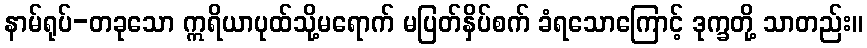
နာမ်ရုပ်-တခုသော ဣရိယာပုထ်သို့မရောက် မပြတ်နှိပ်စက် ခံရသောကြောင့် ဒုက္ခတို့ သာတည်း။